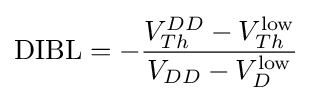
\mathrm {DIBL} =-{\frac {V_{Th}^{DD}-V_{Th}^{\mathrm {low} }}{V_{DD}-V_{D}^{\mathrm {low} }}}